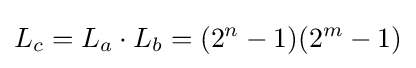
L_{c}=L_{a}\cdot L_{b}=(2^{n}-1)(2^{m}-1)